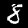
Label: 8